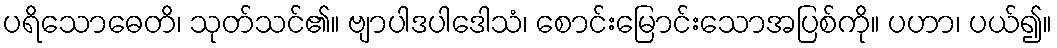
ပရိသောဓေတိ၊ သုတ်သင်၏။ ဗျာပါဒပါဒေါသံ၊ စောင်းမြောင်းသောအပြစ်ကို။ ပဟာ၊ ပယ်၍။